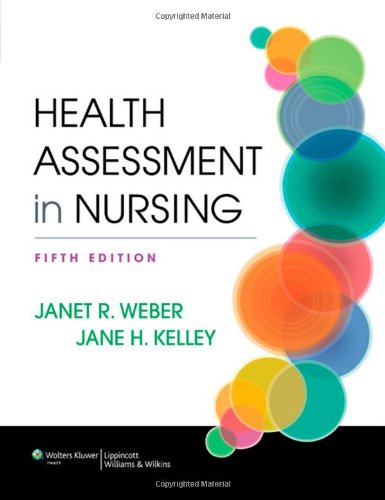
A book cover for Health Assessment in Nursing; Janet R. Weber RN  EdD; Medical Books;